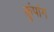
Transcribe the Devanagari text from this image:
कुंपांग